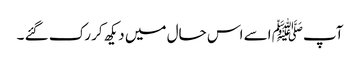
آپﷺ اسے اس حال میں دیکھ کر رک گئے ۔